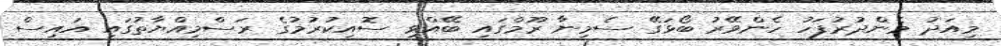
މިއަދު މެންދުރުފަހު ހެންވޭރު ބޯޅަގޭ ސެމިނާ ރޫމްގައި ބޭއްވި ސޮއިކުރުމުގެ ރަސްމިއްޔާތުގައި އައިސް